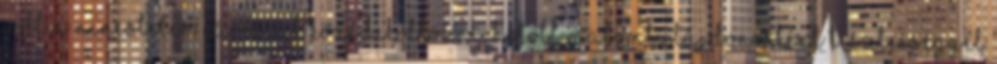
volt a nincstelen városiak közé beköltözni, holott malomtulajdonosként tisztességgel